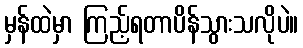
မှန်ထဲမှာ ကြည့်ရတာပိန်သွားသလိုပဲ။